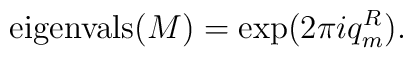
\hbox{eigenvals}(M)=\exp (2\pi iq_{m}^{R}).